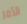
الأمر